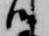
候